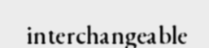
interchangeable